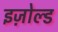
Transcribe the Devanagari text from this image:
इज़ोल्ड